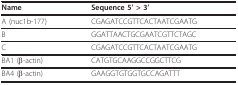
<table><thead><tr><td><b>Name</b></td><td><b>Sequence 5&#x27; &gt; 3&#x27;</b></td></tr></thead><tbody><tr><td>A (nuc1b-177)</td><td>CGAGATCCGTTCACTAATCGAATG</td></tr><tr><td>B</td><td>GGATTAACTGCGAATCGTTCTAGC</td></tr><tr><td>C</td><td>CGAGATCCGTTCACTAATCGAATG</td></tr><tr><td>BA1 (β-actin)</td><td>CATGTGCAAGGCCGGCTTCG</td></tr><tr><td>BA4 (β-actin)</td><td>GAAGGTGTGGTGCCAGATTT</td></tr></tbody></table>